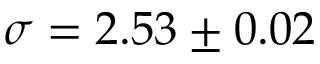
\sigma = 2 . 5 3 \pm 0 . 0 2